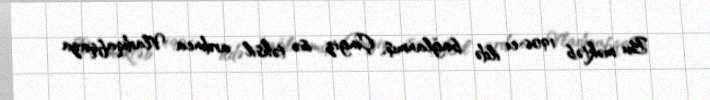
Bu məktəb 1906-cı ildə bağlanmış, Çingiz isə təhsil ardınca Vladiqafqaza